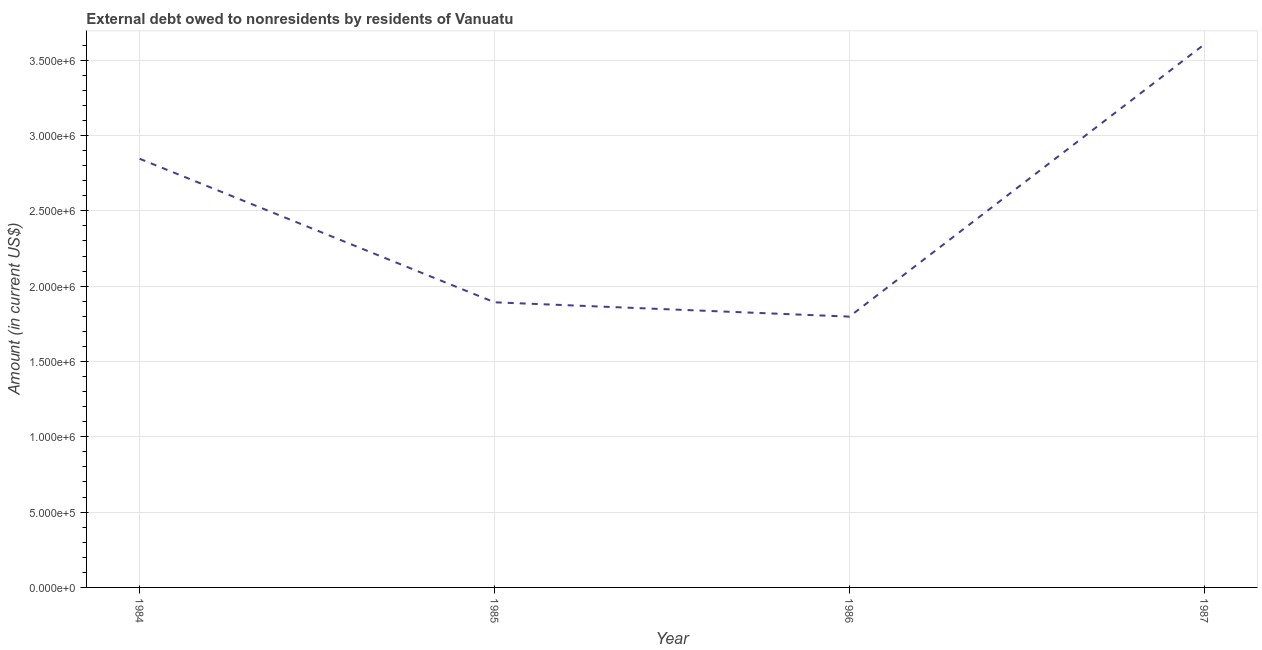
| Year | Debt |
 | --- | --- |
 | 1984 | 2.85e+06 |
 | 1985 | 1.89e+06 |
 | 1986 | 1.8e+06 |
 | 1987 | 3.60e+06 |